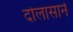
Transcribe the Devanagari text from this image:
दोलासाने